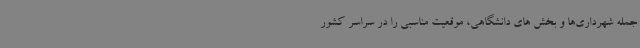
جمله شهرداری‌ها و بخش های دانشگاهی، موقعیت مناسبی را در سراسر کشور